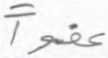
عفوا